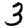
Digit: 3